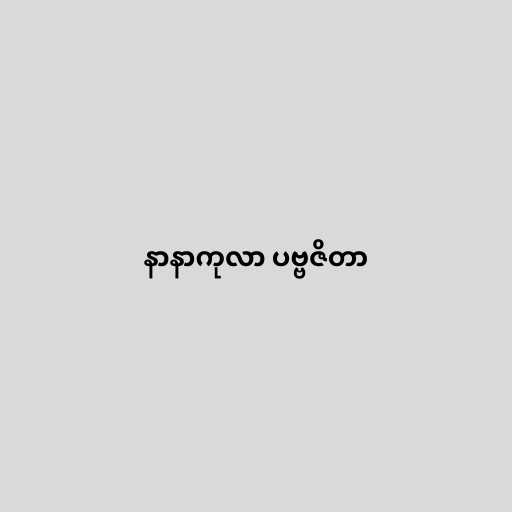
နာနာကုလာ ပဗ္ဗဇိတာ